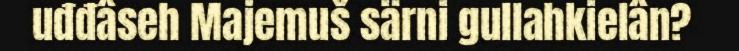
uđđâseh Majemuš särni gullahkielân?